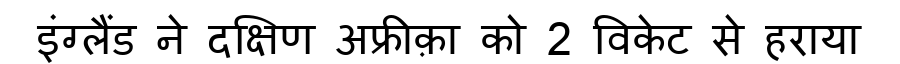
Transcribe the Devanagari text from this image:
इंग्लैंड ने दक्षिण अफ्रीक़ा को 2 विकेट से हराया